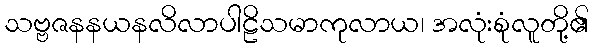
သဗ္ဗဇနနယနလိလာပါဠိသမာကုလာယ၊ အလုံးစုံလူတို့၏